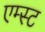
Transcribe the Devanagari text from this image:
एम्स्ट